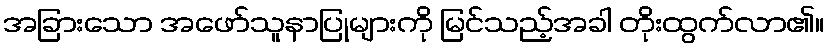
အခြားသော အဖော်သူနာပြုများကို မြင်သည့်အခါ တိုးထွက်လာ၏။